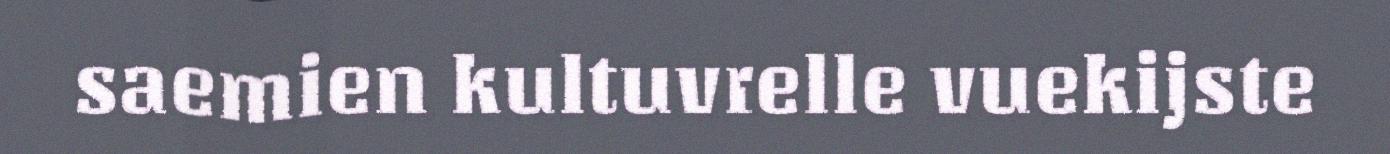
saemien kultuvrelle vuekijste